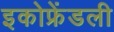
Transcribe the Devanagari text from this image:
इकोफ्रेंडली